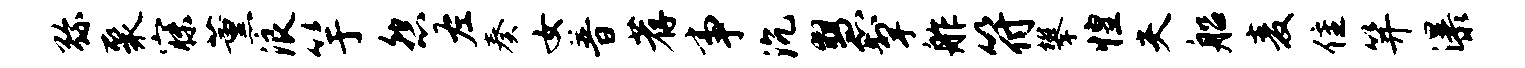
弥聚寐薰浪竽怨左奏女普荐事沉慧掣舴符攀惶夫船麦隹笄瀑